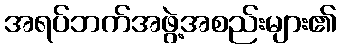
အရပ်ဘက်အဖွဲ့အစည်းများ၏